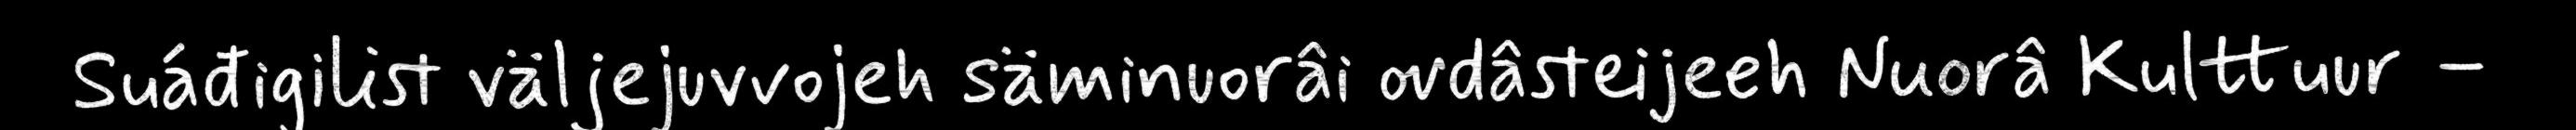
Suáđigilist väljejuvvojeh säminuorâi ovdâsteijeeh Nuorâ Kulttuur –